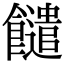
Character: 䭤